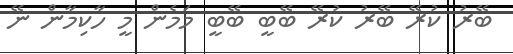
ބޭރު ކުރޭ ބޭރު ކުރޭ ބޭބީ ބޭބީ މަމެން މީ ހާކިމާން ނޭ